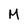
Character: M